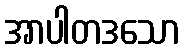
အာပါတဒသော